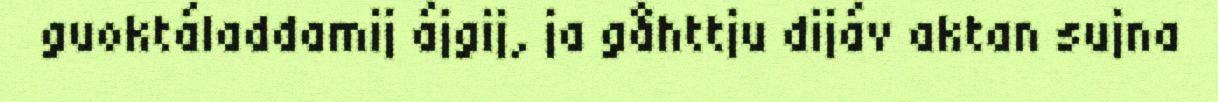
guoktáladdamij ájgij, ja gåhttju dijáv aktan sujna